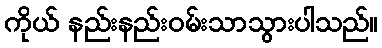
ကိုယ် နည်းနည်းဝမ်းသာသွားပါသည်။